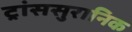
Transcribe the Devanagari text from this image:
ट्रांससुरानिक